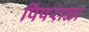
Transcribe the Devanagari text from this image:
पिंपराळा